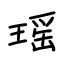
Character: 瑶